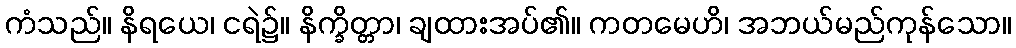
ကံသည်။ နိရယေ၊ ငရဲ၌။ နိက္ခိတ္တာ၊ ချထားအပ်၏။ ကတမေဟိ၊ အဘယ်မည်ကုန်သော။